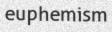
euphemism